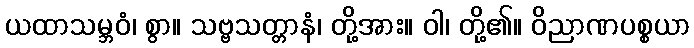
ယထာသမ္ဘဝံ၊ စွာ။ သဗ္ဗသတ္တာနံ၊ တို့အား။ ဝါ၊ တို့၏။ ဝိညာဏပစ္စယာ